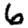
Digit: 6